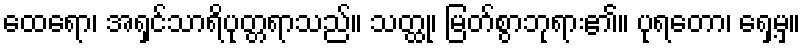
ထေရော၊ အရှင်သာရိပုတ္တရာသည်။ သတ္ထု၊ မြတ်စွာဘုရား၏။ ပုရတော၊ ရှေ့မှ။